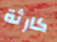
كارثة